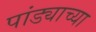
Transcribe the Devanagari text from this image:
पांड्याच्या